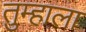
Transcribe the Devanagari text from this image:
तुम्‍हाला